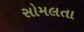
સોમલતા